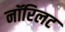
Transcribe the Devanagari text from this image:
नॉरिलट